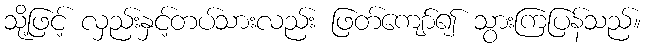
သို့ဖြင့် လှည်းနှင့်တပ်သားလည်း ဖြတ်ကျော်၍ သွားကြပြန်သည်။